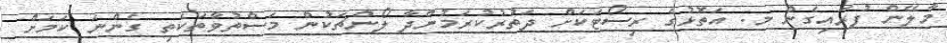
މާލޭން ފުރައިގެން މ. އަތޮޅުގެ ރިސޯޓަކަށް ދަތުރުކުރަމުންދާ ލޯންޗަކުން މަސްތުވާތަކެތި ގެންނަ ކަމަށް